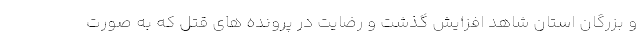
و بزرگان استان شاهد افزایش گذشت و رضایت در پرونده های قتل که به صورت